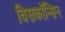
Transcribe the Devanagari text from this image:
विसकॉन्सिन